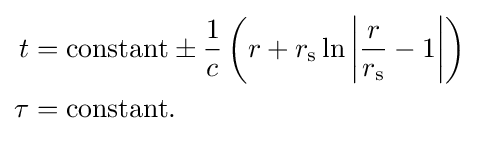
{\begin{aligned}t&={\text{constant}}\pm {\frac {1}{c}}\left(r+r_{\text{s}}\ln \left|{\frac {r}{r_{\text{s}}}}-1\right|\right)\\\tau &={\text{constant}}.\end{aligned}}